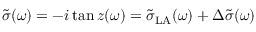
\tilde { \sigma } ( \omega ) = - i \tan z ( \omega ) = \tilde { \sigma } _ { \mathrm { L A } } ( \omega ) + \Delta \tilde { \sigma } ( \omega )